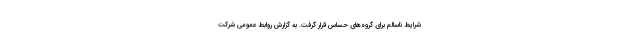
شرایط ناسالم برای گروه‌های حساس قرار گرفت. به گزارش روابط عمومی شرکت